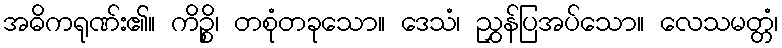
အဓိကရုဏ်း၏။ ကိဉ္စိ၊ တစုံတခုသော။ ဒေသံ၊ ညွှန်ပြအပ်သော။ လေသမတ္တံ၊